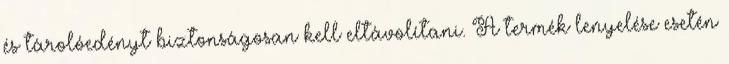
és tárolóedényt biztonságosan kell eltávolítani. A termék lenyelése esetén